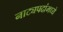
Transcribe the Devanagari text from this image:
नाट्यपदांमध्ये